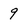
Character: 9